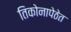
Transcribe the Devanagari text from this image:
तिकोनापेठेत